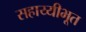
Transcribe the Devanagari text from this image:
सहाय्यीभूत